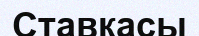
Ставкасы